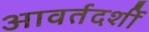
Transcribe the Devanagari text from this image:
आवर्तदर्शी